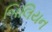
બિલિયન